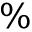
\%